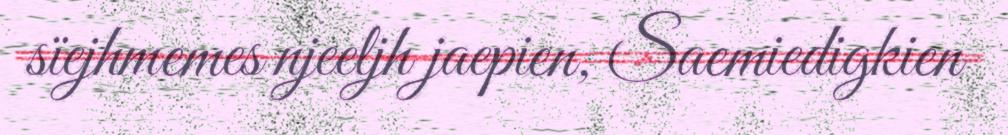
sïejhmemes njeeljh jaepien, Saemiedigkien